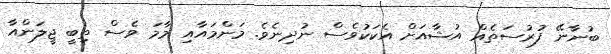
ބުނާނޭ ފުރުސަތެއް އުޝާއަށް އެކަކުވެސް ނުދިނެވެ. މަންމައާއި މާމަ ވެސް ތިބީ ޖީލަންއާ